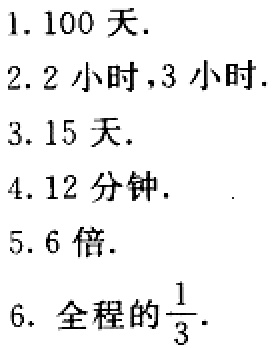
1. \(100\)天.

2. \(2\)小时，\(3\)小时.

3. \(15\)天.

4. \(12\)分钟.

5. \(6\)倍.

6. 全程的\(\frac{1}{3}\).